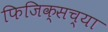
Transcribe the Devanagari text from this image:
फिजिक्सच्या